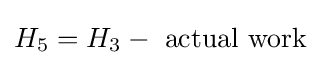
H_{5}=H_{3}-\ \mathrm {actual} \ \mathrm {work}